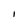
Character: I